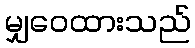
မျှဝေထားသည်